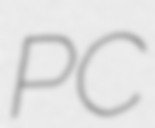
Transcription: PC